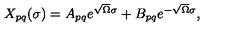
\begin{array} { l c r } { X _ { p q } ( \sigma ) = A _ { p q } e ^ { \sqrt { \Omega } \sigma } + B _ { p q } e ^ { - \sqrt { \Omega } \sigma } , } \\ \end{array}